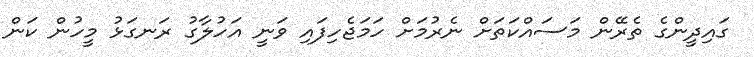
ގައިދީންގެ ތެރޭން މަސައްކަތަށް ނެރުމަށް ހަމަޖެހިފައި ވަނީ އަހުލާގު ރަނގަޅު މީހުން ކަން